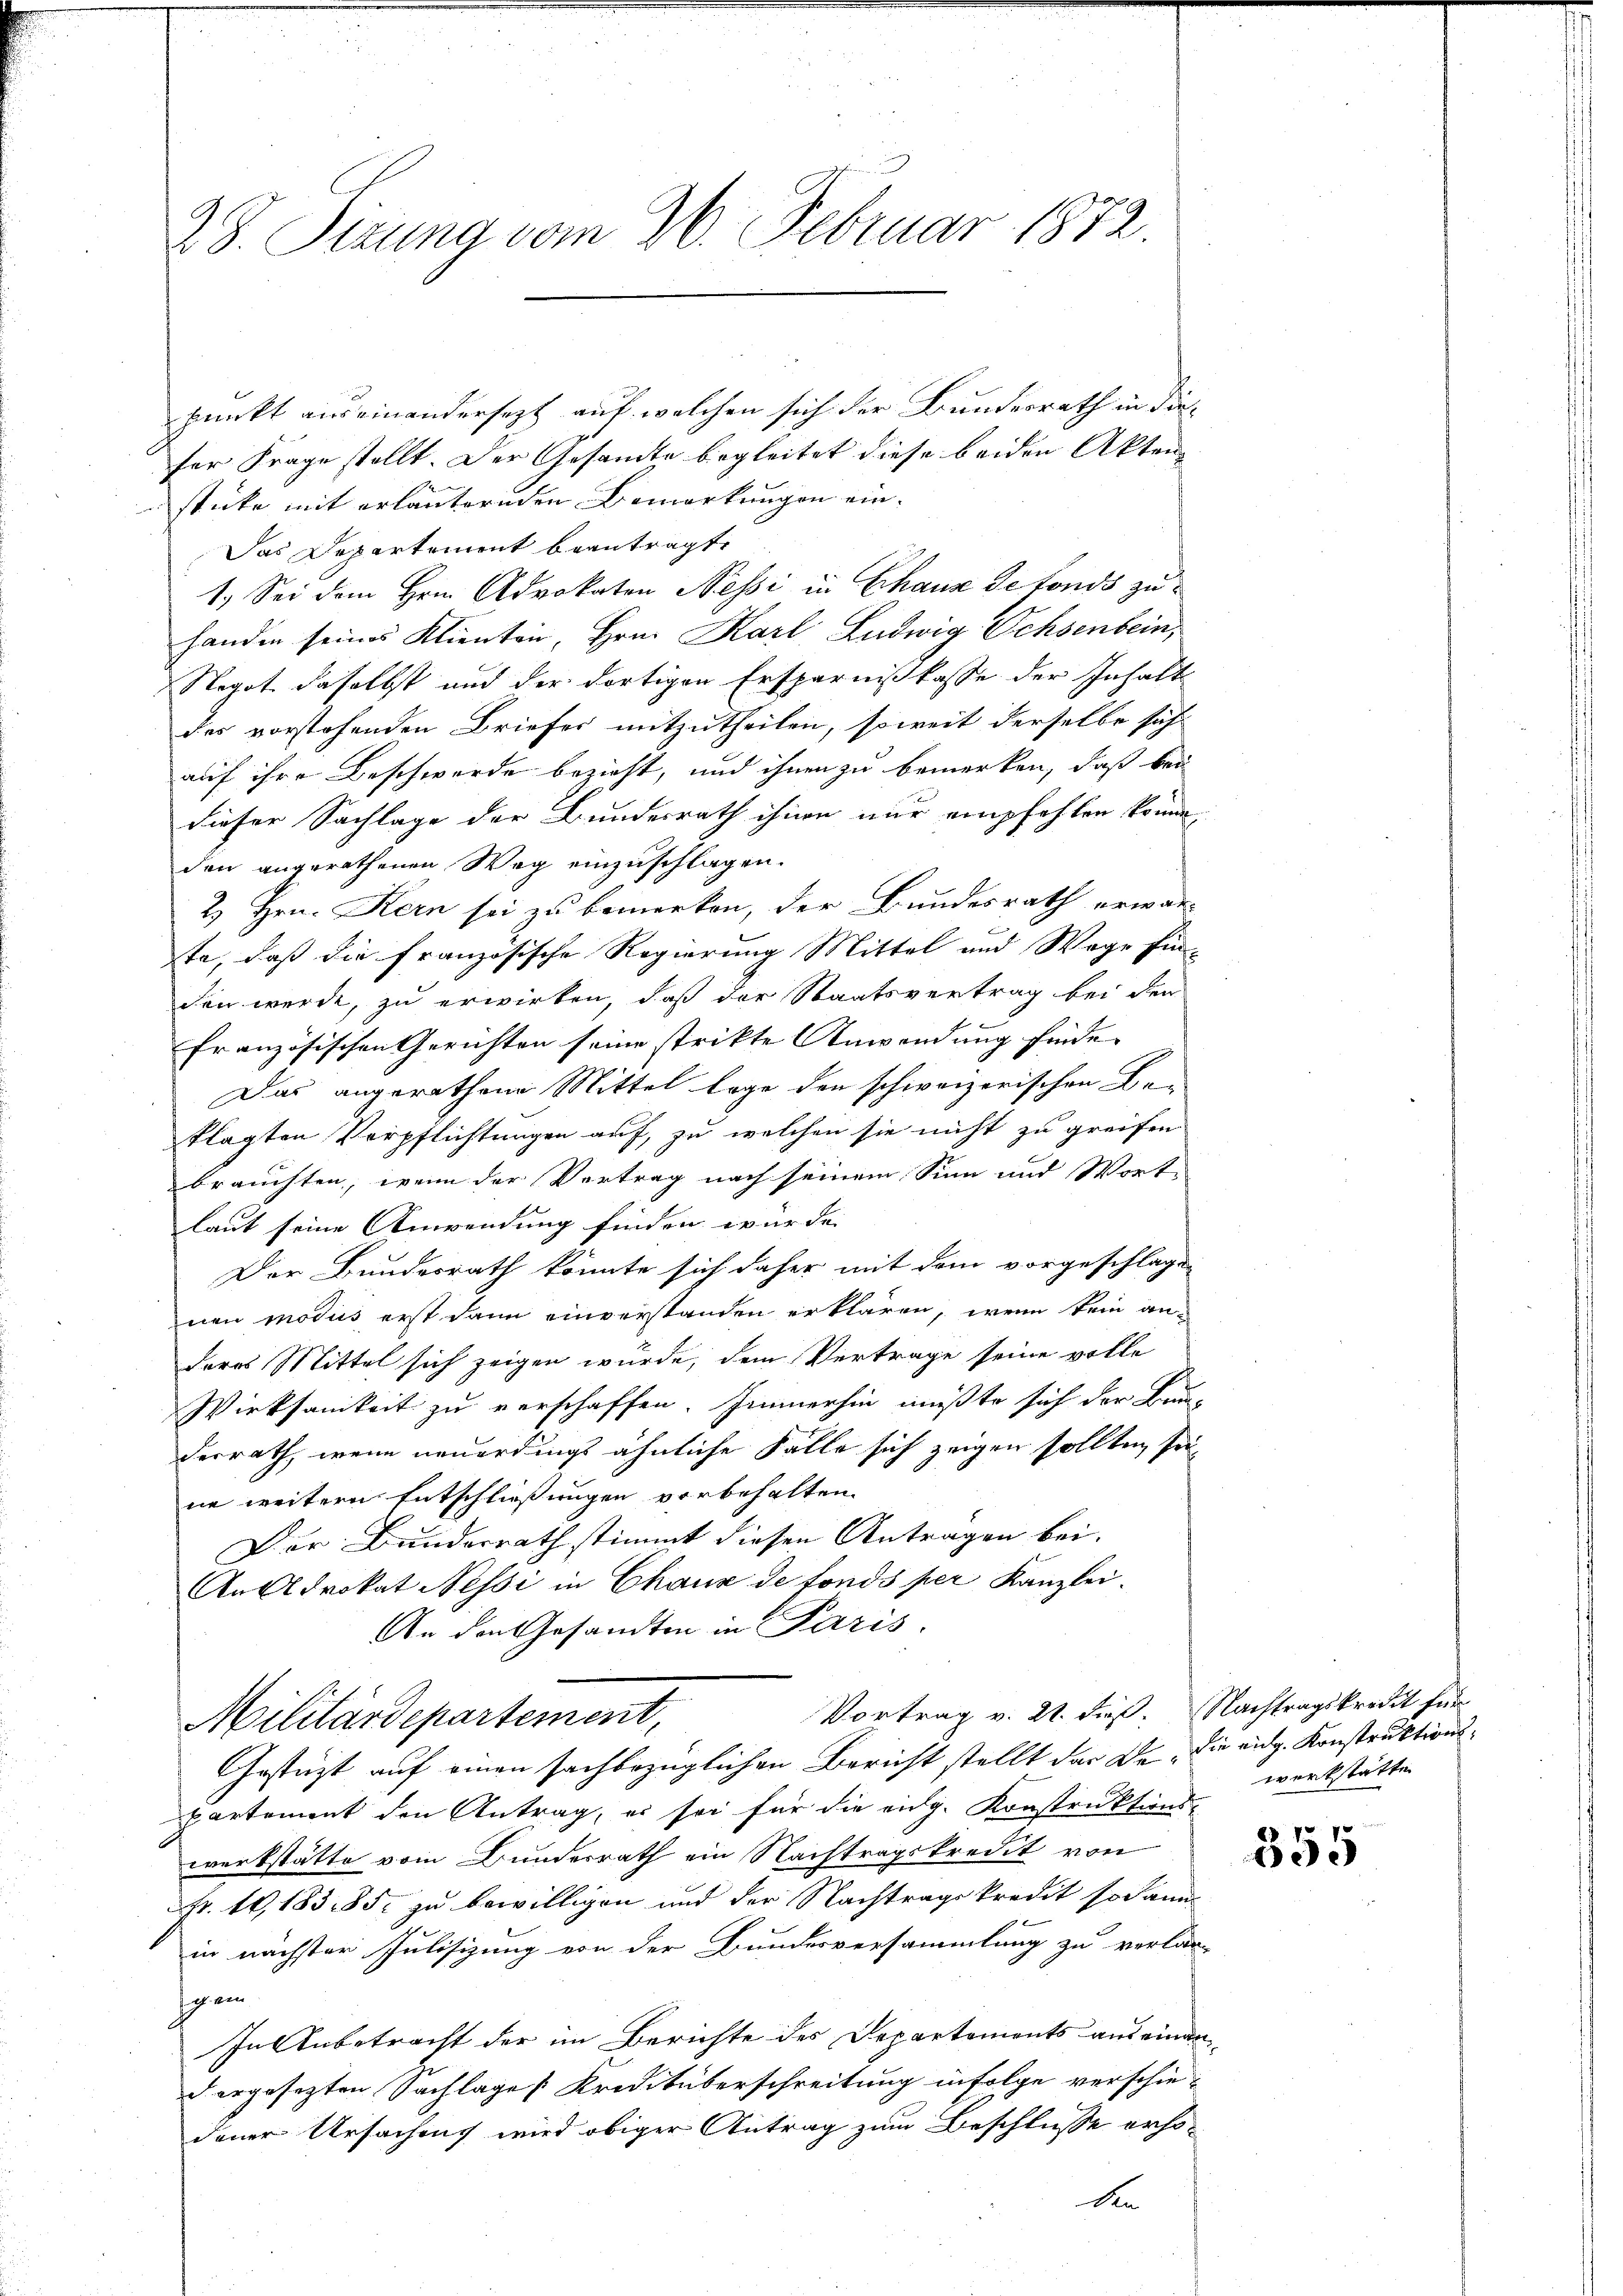
28. Sizung vom 26. Februar 1872.

punkt aus einandersezt auf welchen sich der Bundesrath in diefer Frage stellt. Der Gesandte begleitet diese beiden Akten
sticke mit erläuternden Bemerkungen ein-
Das Departement beantragte
1.) Sei dem Hrn. Advokaten Nessi in Chaus de fonds zu
handen seines Klienten, Hrn. Karl Ludwig Ochsenbein,
Negot daselbst und der dortigen Ersparnißkasse der Inhalt
des vorstehenden Briefer mitzutheilen, soweit derselbe sich
auf ihre Beschwerde bezieht, und ihnen zu bemerken, daß bei
dieser Sachlage der Bundesrath ihnen nur empfehlen könne,
den angerathenen Weg einzuschlagen.
2 Hrn. Kern sei zu bemerken, der Bundesrath erwar-
te, daß die französische Regierung Mittel und Wage hin-
den werde, zu erwirken, daß der Staatsvertrag bei den
französischen Gerichten seine strikte Anwendung finde.
Das angerathene Mittel lage den schweizerischen Be-
klagten Verpflichtungen auf, zu welchen sie nicht zu greifen
brauchten, wenn der Vortrag nach seinem Sinn und Worte
laut seine Anwendung finden wurde. |
Der Bundesrath könnte sich daher mit dem vorgeschlagen
nen modus erst dann einverstanden erklären, wenn kein an-
deres Mittel sich zeigen wurde, dem Vertrage seine volle
Wirksamkeit zu verschaffen. Immerhin müßte sich der Bun-
derrath, wenn neuerdings ähnliche Falle sich zeigen sollten sei
ne weitern Entschließungen vorbehalten.
Dor Bunderrath stimmt diesen Antragen bei.
An Advokat Nessi in Chaux de fonds per Kanzlei.
An den Gesandten in Paris.
Vortrag v. 21. dieß. Nachtragskredit für
Militärdepartement,
Gestüzt auf einen sachbezüglichen Bericht stellt der De- die eidg. Konstruktionspartement den Antrag, es sei für die eidg. Konstruktions-
werkstätte vom Bunderrath ein Nachtragskredit von
Fr. 10, 183. 85. zu bewilligen und der Nachtragskredit sodann
in nächster Julisizung von der Bundesversammlung zu verlan-
hgem
In Anbetracht der im Berichte der Departements aus einan
dergesezten Sachlages Kreditüberschreitung in Folge verschie-
dener Ursachens wird obiger Antrag zum Beschlüsse erho¬
An

werkstätte.

355